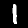
Label: 1